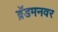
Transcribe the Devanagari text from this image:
ब्रॅडमनवर